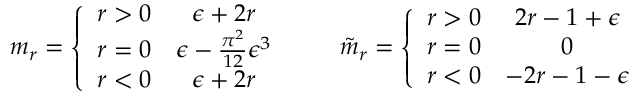
m _ { r } = \left\{ \begin{array} { c c } { { r > 0 } } & { { \epsilon + 2 r } } \\ { { r = 0 } } & { { \epsilon - \frac { \pi ^ { 2 } } { 1 2 } \epsilon ^ { 3 } } } \\ { { r < 0 } } & { { \epsilon + 2 r } } \end{array} \right. \qquad \tilde { m } _ { r } = \left\{ \begin{array} { c c } { { r > 0 } } & { { 2 r - 1 + \epsilon } } \\ { { r = 0 } } & { { 0 } } \\ { { r < 0 } } & { { - 2 r - 1 - \epsilon } } \end{array} \right.